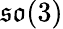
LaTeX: {\mathfrak{so}}(3)